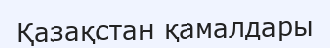
Қазақстан қамалдары